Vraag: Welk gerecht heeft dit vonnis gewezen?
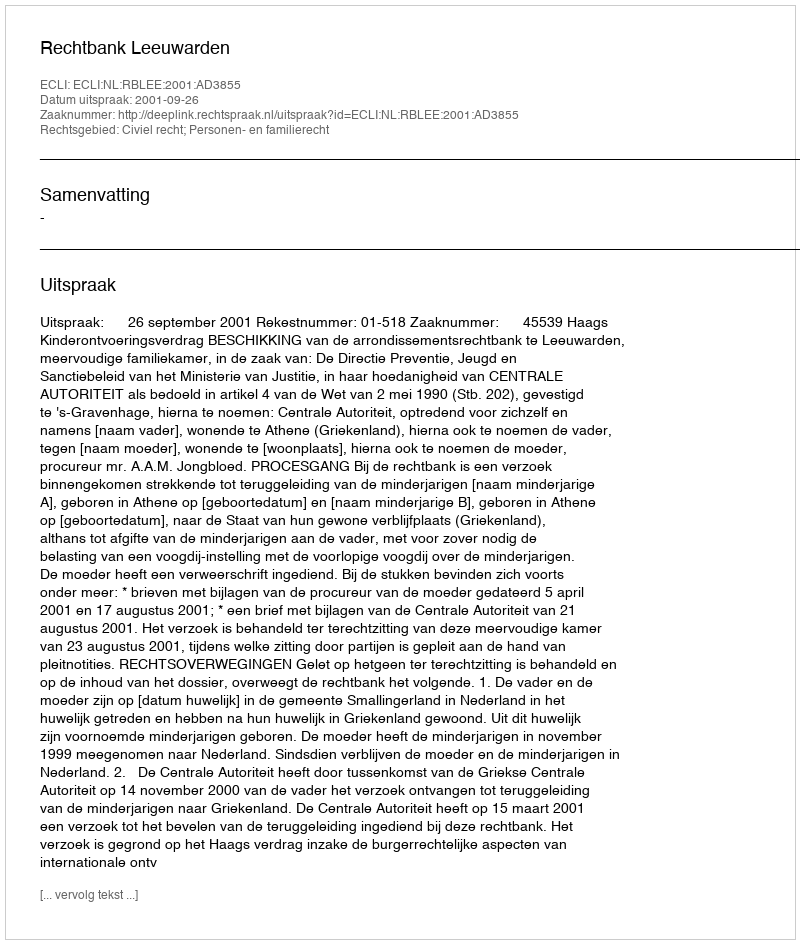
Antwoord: Rechtbank Leeuwarden